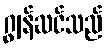
ဂျွန်ဆင်သည်